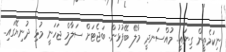
ނިކަމެތީން ގިނައީ.. މުއްސަނދީ މާލޭ ބޭފުޅުން. ބަޖެޓަށް ސަލާމް ޖަހަނީ މުޅި ދުނިޔޭގައި..